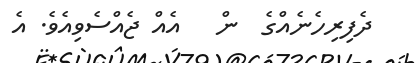
ދެފިރިހެނެއްގެ  ން   އެއް ޖެއްސެވިއެވެ. އެ